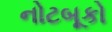
નોટબૂકો